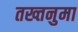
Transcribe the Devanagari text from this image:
तख्तनुमा